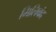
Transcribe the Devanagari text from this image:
मिलिबंद